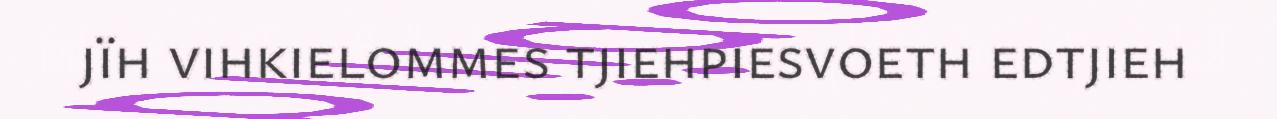
jïh vihkielommes tjiehpiesvoeth edtjieh